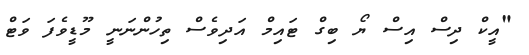
"އީކް ދިސް އިސް ޔޯ ބިގް ޓައިމް އަދިވެސް ތިހުންނަނީ މޫޑީވެފަ ވަޓް